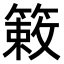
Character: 𫂙